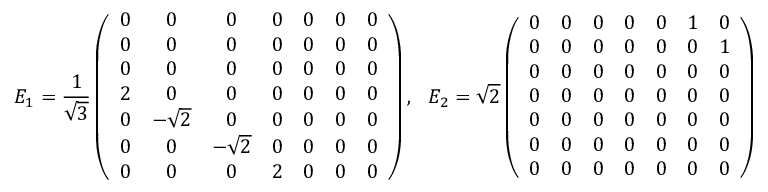
E _ { 1 } = \frac { 1 } { \sqrt { 3 } } \left( \begin{array} { c c c c c c c } { 0 } & { 0 } & { 0 } & { 0 } & { 0 } & { 0 } & { 0 } \\ { 0 } & { 0 } & { 0 } & { 0 } & { 0 } & { 0 } & { 0 } \\ { 0 } & { 0 } & { 0 } & { 0 } & { 0 } & { 0 } & { 0 } \\ { 2 } & { 0 } & { 0 } & { 0 } & { 0 } & { 0 } & { 0 } \\ { 0 } & { - \sqrt { 2 } } & { 0 } & { 0 } & { 0 } & { 0 } & { 0 } \\ { 0 } & { 0 } & { - \sqrt { 2 } } & { 0 } & { 0 } & { 0 } & { 0 } \\ { 0 } & { 0 } & { 0 } & { 2 } & { 0 } & { 0 } & { 0 } \end{array} \right) , ~ ~ E _ { 2 } = \sqrt { 2 } \left( \begin{array} { c c c c c c c } { 0 } & { 0 } & { 0 } & { 0 } & { 0 } & { 1 } & { 0 } \\ { 0 } & { 0 } & { 0 } & { 0 } & { 0 } & { 0 } & { 1 } \\ { 0 } & { 0 } & { 0 } & { 0 } & { 0 } & { 0 } & { 0 } \\ { 0 } & { 0 } & { 0 } & { 0 } & { 0 } & { 0 } & { 0 } \\ { 0 } & { 0 } & { 0 } & { 0 } & { 0 } & { 0 } & { 0 } \\ { 0 } & { 0 } & { 0 } & { 0 } & { 0 } & { 0 } & { 0 } \\ { 0 } & { 0 } & { 0 } & { 0 } & { 0 } & { 0 } & { 0 } \end{array} \right)